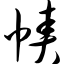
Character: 帻